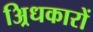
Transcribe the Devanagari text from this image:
अ्रिधकारों